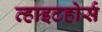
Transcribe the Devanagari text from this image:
व्हाइटहोर्स